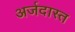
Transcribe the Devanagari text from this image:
अर्जदास्‍त